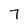
Character: 7